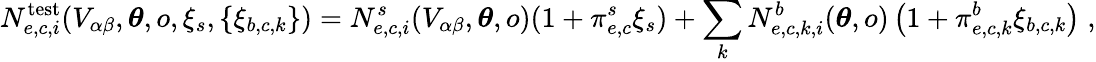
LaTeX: N_{e,c,i}^{\mathrm{test}}(V_{\alpha\beta},\boldsymbol{\theta},o,\xi_{s},\left\{ \xi_{b,c,k}\right\} )=N_{e,c,i}^{s}(V_{\alpha\beta},\boldsymbol{\theta},o)(1+\pi_{e,c}^{s}\xi_{s})+\sum_{k}N_{e,c,k,i}^{b}(\boldsymbol{\theta},o)\left(1+\pi_{e,c,k}^{b}\xi_{b,c,k}\right)\; ,